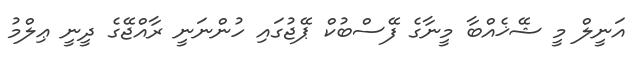
އަނީލް މީ ޝޭޚެއްބާ މީނާގެ ފޭސްބުކް ޕޭޖުގައި ހުންނަނީ ރާއްޖޭގެ ދީނީ ޢިލްމު